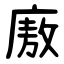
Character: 廒